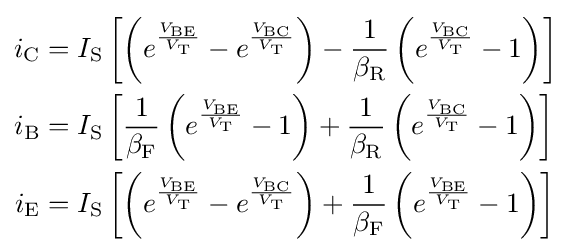
{\begin{aligned}i_{\text{C}}&=I_{\text{S}}\left[\left(e^{\frac {V_{\text{BE}}}{V_{\text{T}}}}-e^{\frac {V_{\text{BC}}}{V_{\text{T}}}}\right)-{\frac {1}{\beta _{\text{R}}}}\left(e^{\frac {V_{\text{BC}}}{V_{\text{T}}}}-1\right)\right]\\i_{\text{B}}&=I_{\text{S}}\left[{\frac {1}{\beta _{\text{F}}}}\left(e^{\frac {V_{\text{BE}}}{V_{\text{T}}}}-1\right)+{\frac {1}{\beta _{\text{R}}}}\left(e^{\frac {V_{\text{BC}}}{V_{\text{T}}}}-1\right)\right]\\i_{\text{E}}&=I_{\text{S}}\left[\left(e^{\frac {V_{\text{BE}}}{V_{\text{T}}}}-e^{\frac {V_{\text{BC}}}{V_{\text{T}}}}\right)+{\frac {1}{\beta _{\text{F}}}}\left(e^{\frac {V_{\text{BE}}}{V_{\text{T}}}}-1\right)\right]\end{aligned}}